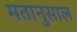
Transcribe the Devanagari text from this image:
मतानुसाल